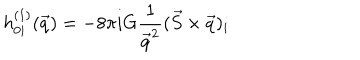
LaTeX: h _ { 0 i } ^ { ( 1 ) } ( \vec { q } ) = - 8 \pi i G { \frac { 1 } { \vec { q } ^ { 2 } } } ( \vec { S } \times \vec { q } ) _ { i }